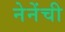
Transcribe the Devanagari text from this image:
नेनेंची